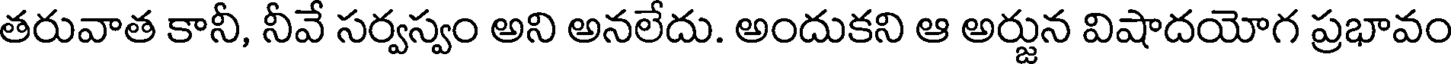
తరువాత కానీ, నీవే సర్వస్వం అని అనలేదు. అందుకని ఆ అర్జున విషాదయోగ ప్రభావం